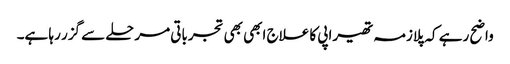
واضح رہے کہ پلازمہ تھیراپی کا علاج ابھی بھی تجرباتی مرحلے سے گزر رہا ہے۔